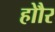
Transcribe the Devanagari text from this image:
होौर